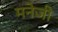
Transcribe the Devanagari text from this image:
मनेजी